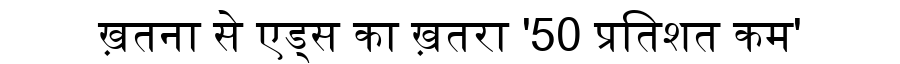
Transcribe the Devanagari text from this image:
ख़तना से एड्स का ख़तरा '50 प्रतिशत कम'